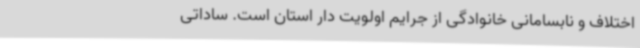
اختلاف و نابسامانی خانوادگی از جرایم اولویت دار استان است. ساداتی